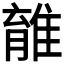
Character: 𨿾